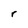
Character: r